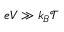
e V \gg k _ { B } \mathcal { T }